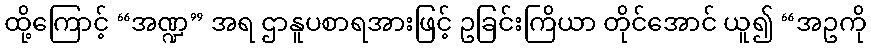
ထို့ကြောင့် “အဏ္ဍ” အရ ဌာနူပစာရအားဖြင့် ဥခြင်းကြိယာ တိုင်အောင် ယူ၍ “အဥကို